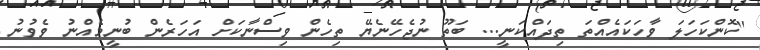
''ކޮންކަހަލަ ވާހަކައެއްތަ ތިދައްކަނީ... ބަތޫ ނުޖެހޭނެޔޭ ތިހެން ވިސްނާކަށް އަހަރެން ބުނީމެއްނު ވެވުނު